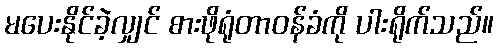
မပေးနိုင်ခဲ့လျှင် စားဖိုရုံတာဝန်ခံကို ပါးရိုက်သည်။